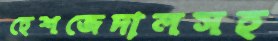
হেশজেদালসহ